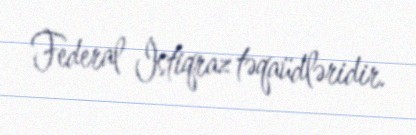
Federal İstiqraz təqaüdləridir.